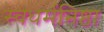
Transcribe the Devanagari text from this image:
स्वधर्मनिष्ठा